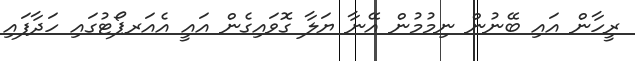
ރީހާން އައި ބޭނުން ނިމުމުން އޭނާ ޔަލާ ގޮވައިގެން އައީ އެއަރޕޯޓުގައި ހަދާފައި